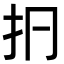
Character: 㧇